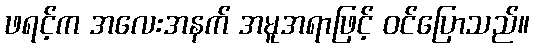
ဖရင့်က အလေးအနက် အမူအရာဖြင့် ဝင်ပြောသည်။